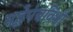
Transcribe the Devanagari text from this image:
गद्धेपंचविशी